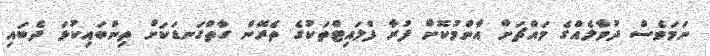
ނަމަވެސް ދުވާލެއްގެ މައްޗަށް އާންމުކޮށް ފުރާ ފްލައިޓްތަކުގެ ތެރޭން ގާތްގަނޑަކަށް ތިންބައިކުޅަ ދެބައި